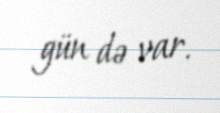
gün də var.